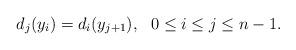
LaTeX: \begin{align*} d_j(y_i)= d_{i}(y_{j+1}), \ \ 0 \leq i \leq j \leq {n-1}.\end{align*}